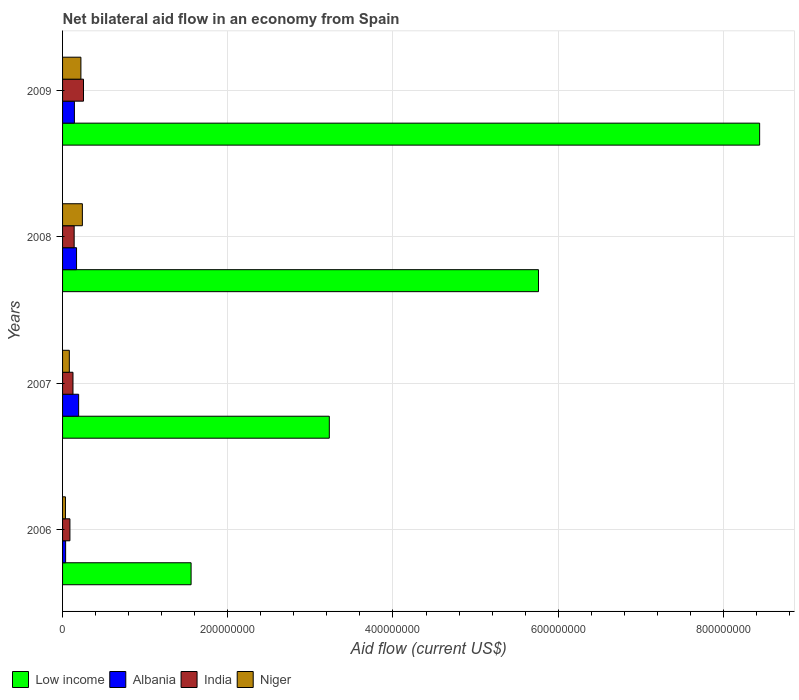
| Years | Low income | Albania | India | Niger |
 | --- | --- | --- | --- | --- |
 | 2006 | 1.56e+08 | 3.71e+06 | 8.91e+06 | 3.49e+06 |
 | 2007 | 3.23e+08 | 1.95e+07 | 1.26e+07 | 8.19e+06 |
 | 2008 | 5.76e+08 | 1.69e+07 | 1.4e+07 | 2.4e+07 |
 | 2009 | 8.44e+08 | 1.43e+07 | 2.53e+07 | 2.22e+07 |